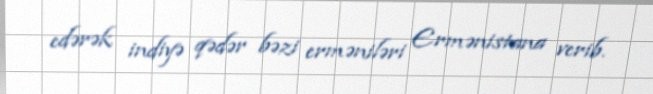
edərək indiyə qədər bəzi erməniləri Ermənistana verib.